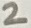
Text: 2